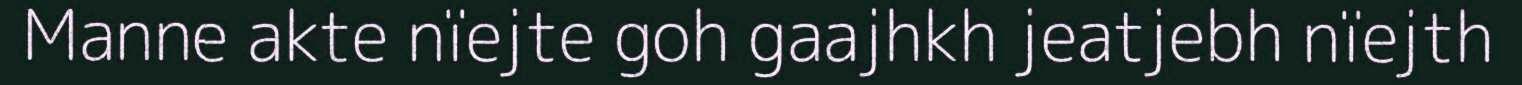
Manne akte nïejte goh gaajhkh jeatjebh nïejth